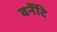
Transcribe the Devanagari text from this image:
वर्नेटि